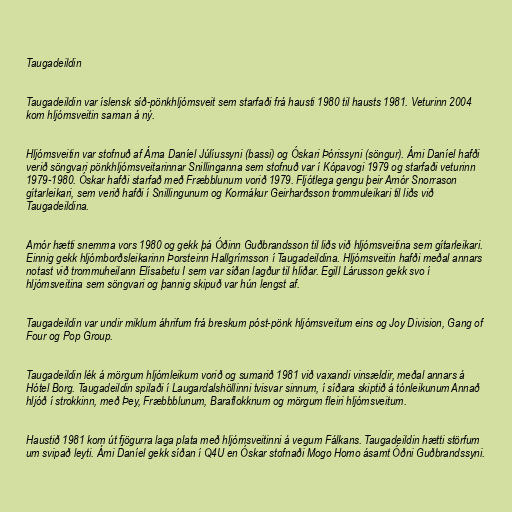
Taugadeildin

Taugadeildin var íslensk síð-pönkhljómsveit sem starfaði frá hausti 1980 til hausts 1981. Veturinn 2004
kom hljómsveitin saman á ný.

Hljómsveitin var stofnuð af Árna Daníel Júlíussyni (bassi) og Óskari Þórissyni (söngur). Árni Daníel hafði
verið söngvari pönkhljómsveitarinnar Snillinganna sem stofnuð var í Kópavogi 1979 og starfaði veturinn
1979-1980. Óskar hafði starfað með Fræbblunum vorið 1979. Fljótlega gengu þeir Arnór Snorrason
gítarleikari, sem verið hafði í Snillingunum og Kormákur Geirharðsson trommuleikari til liðs við
Taugadeildina.

Arnór hætti snemma vors 1980 og gekk þá Óðinn Guðbrandsson til liðs við hljómsveitina sem gítarleikari.
Einnig gekk hljómborðsleikarinn Þorsteinn Hallgrímsson í Taugadeildina. Hljómsveitin hafði meðal annars
notast við trommuheilann Elísabetu I sem var síðan lagður til hliðar. Egill Lárusson gekk svo í
hljómsveitina sem söngvari og þannig skipuð var hún lengst af.

Taugadeildin var undir miklum áhrifum frá breskum póst-pönk hljómsveitum eins og Joy Division, Gang of
Four og Pop Group.

Taugadeildin lék á mörgum hljómleikum vorið og sumarið 1981 við vaxandi vinsældir, meðal annars á
Hótel Borg. Taugadeildin spilaði í Laugardalshöllinni tvisvar sinnum, í síðara skiptið á tónleikunum Annað
hljóð í strokkinn, með Þey, Fræbbblunum, Baraflokknum og mörgum fleiri hljómsveitum.

Haustið 1981 kom út fjögurra laga plata með hljómsveitinni á vegum Fálkans. Taugadeildin hætti störfum
um svipað leyti. Árni Daníel gekk síðan í Q4U en Óskar stofnaði Mogo Homo ásamt Óðni Guðbrandssyni.